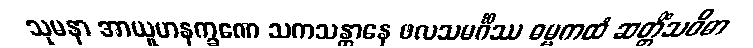
သုမနာ အာယူဟနက္ခဏေ သကသန္တာနေ ဖလသမင်္ဂိဿ ဓမ္မကထံ ဆတ္တိံသဝိဓာ